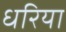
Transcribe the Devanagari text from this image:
धरिया